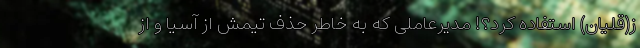
ز(قلیان) استفاده کرد؟! مدیرعاملی که به خاطر حذف تیمش از آسیا و از